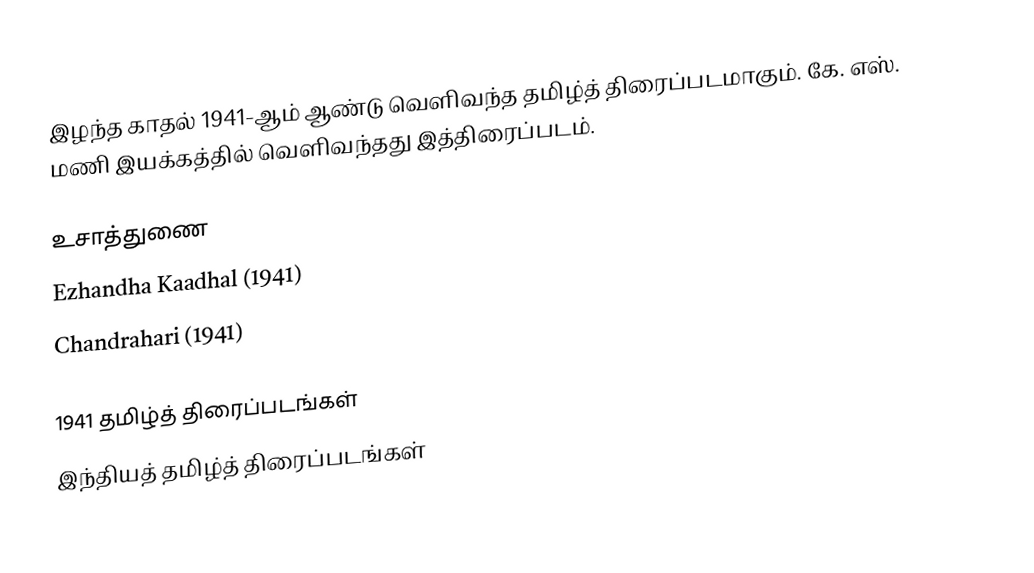
இழந்த காதல் 1941-ஆம் ஆண்டு வெளிவந்த தமிழ்த் திரைப்படமாகும். கே. எஸ். மணி இயக்கத்தில் வெளிவந்தது இத்திரைப்படம்.

உசாத்துணை
 Ezhandha Kaadhal (1941)
 Chandrahari (1941)

1941 தமிழ்த் திரைப்படங்கள்
இந்தியத் தமிழ்த் திரைப்படங்கள்